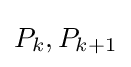
P_{k},P_{k+1}